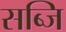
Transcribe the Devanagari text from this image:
सब्जि